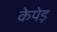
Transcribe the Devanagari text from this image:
केपेड़